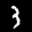
Label: 3